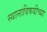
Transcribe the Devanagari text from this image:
स्थानाविषयीच्या